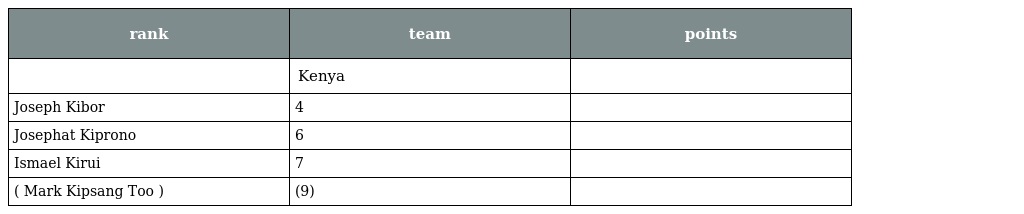
| rank | team | points |
 | --- | --- | --- |
 |  | Kenya |  |
 | Joseph Kibor | 4 |  |
 | Josephat Kiprono | 6 |  |
 | Ismael Kirui | 7 |  |
 | ( Mark Kipsang Too ) | (9) |  |